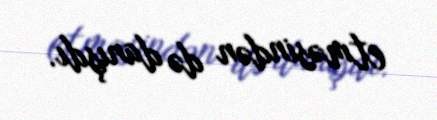
etməsindən də danışdı.